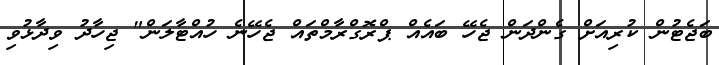
ބަޖެޓުން ކުރިއަށް ގެންދަން ޖެހޭ ބައެއް ޕްރޮގްރާމްތައް ޖެހޭނެ ހުއްޓާލަން" ޖިހާދު ވިދާޅުވި